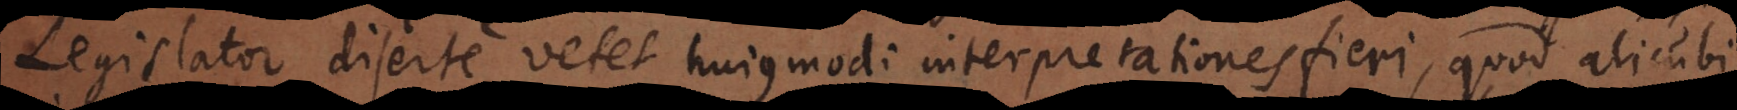
Legislator diserte vetet hujusmodi interpretationes fieri, quod alicubi